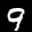
Label: 9